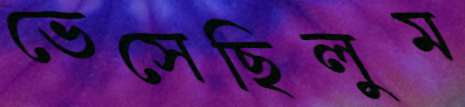
ভেসেছিলুম